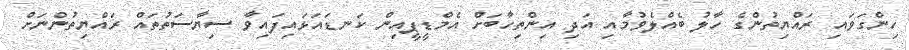
ހިންގަވައި ރައްޔިތުންގެ ހާލު ބެއްލެވުމާއި އަދި އިންތިހާބަށް އެމްޑީޕީއިން ކަނޑައަޅައިފައިވާ ސިޔާސަތުތައް ރައްޔިތުންނަށް